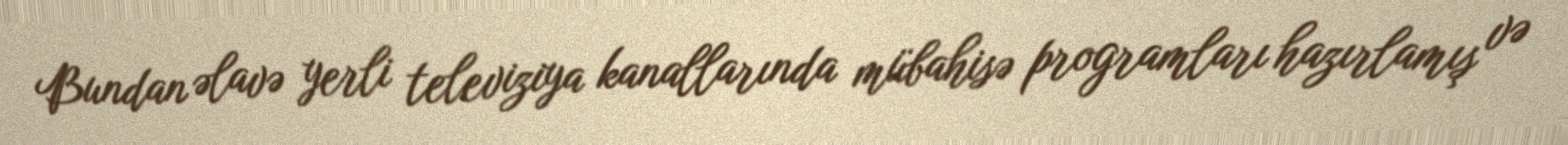
Bundan əlavə yerli televiziya kanallarında mübahisə programları hazırlamış və